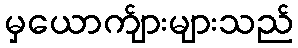
မှယောက်ျားများသည်